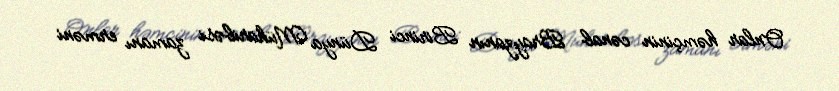
Onlar həmçinin cənab Brayzanın Birinci Dünya Müharibəsi zamanı erməni